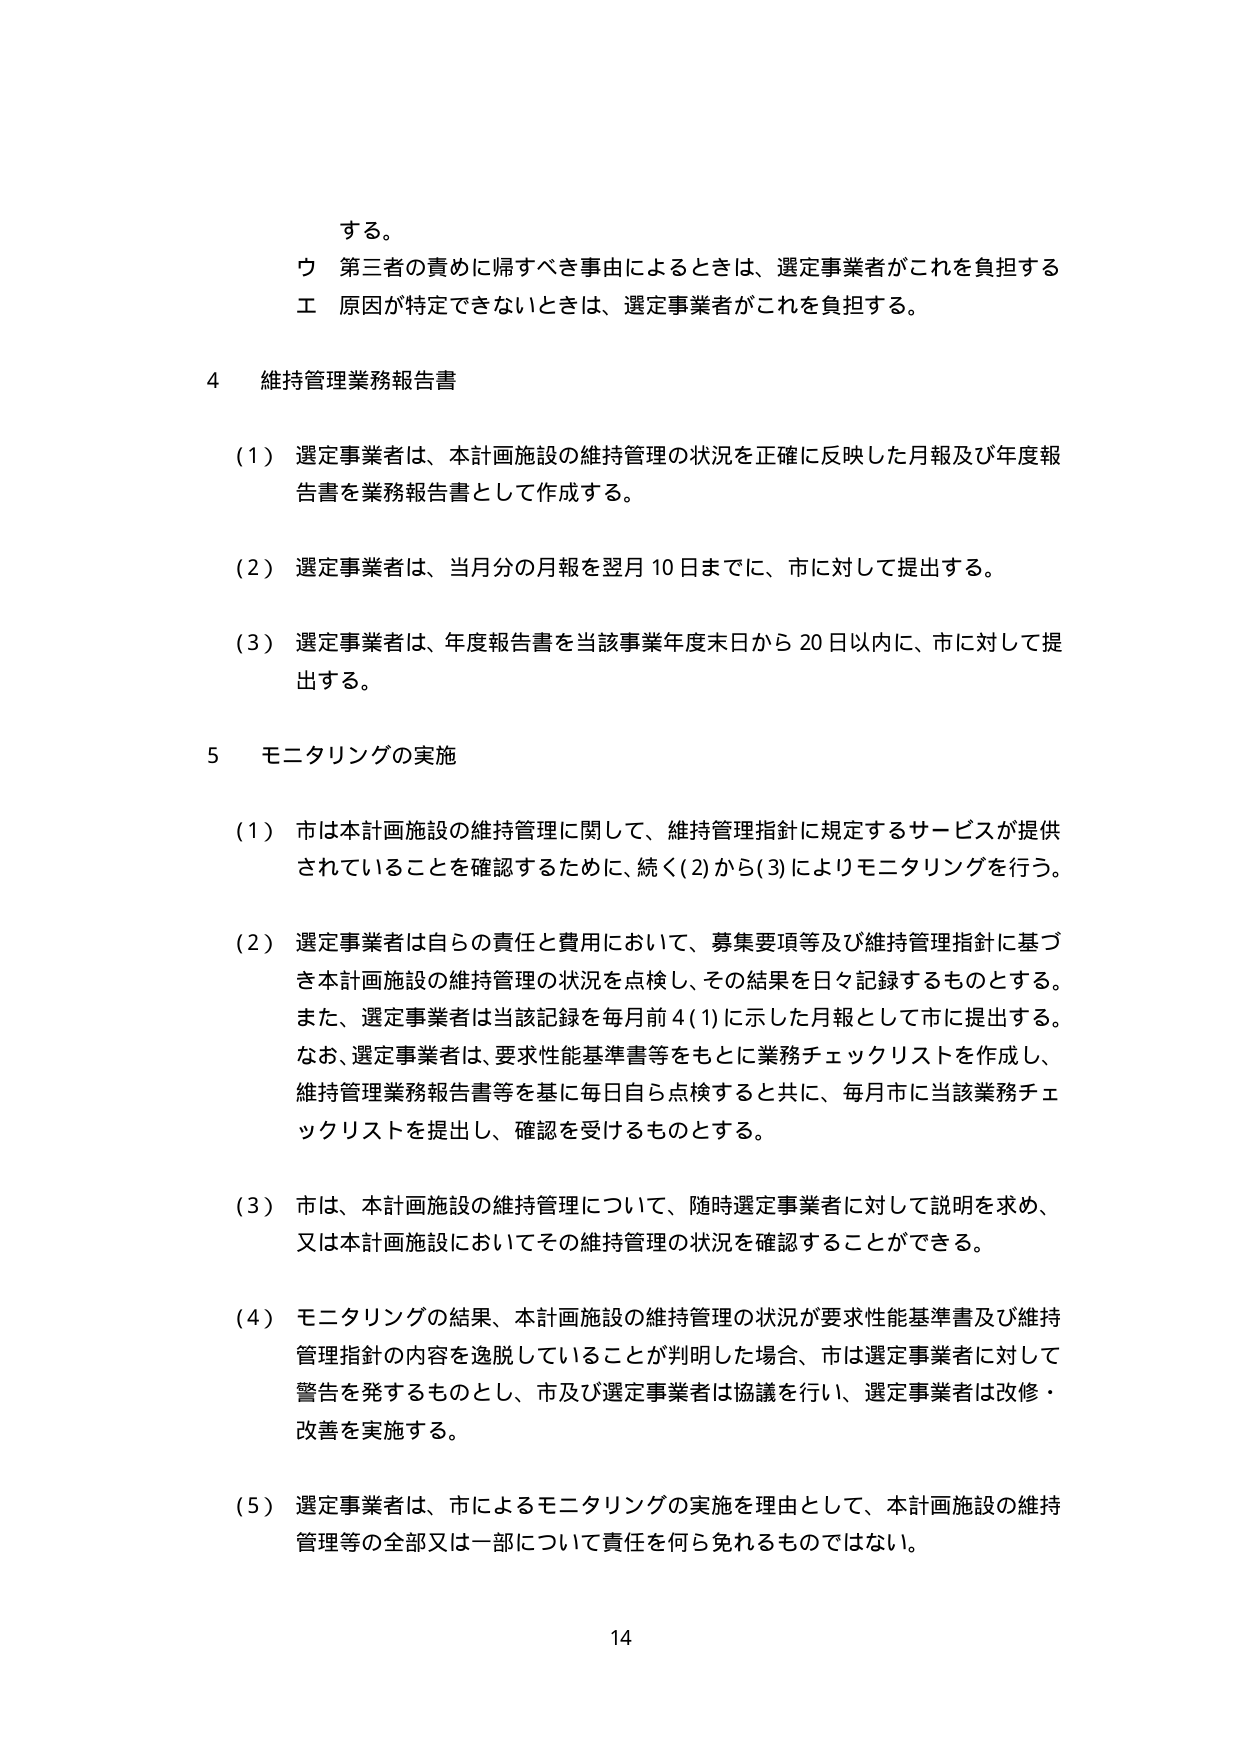
する。

ウ 第三者の責めに帰すべき事由によるときは、選定事業者がこれを負担する

エ 原因が特定できないときは、選定事業者がこれを負担する。

4 維持管理業務報告書

（1） 選定事業者は、本計画施設の維持管理の状況を正確に反映した月報及び年度報告書を業務報告書として作成する。

（2） 選定事業者は、当月分の月報を翌月10日までに、市に対して提出する。

（3） 選定事業者は、年度報告書を当該事業年度末日から20日以内に、市に対して提出する。

5 モニタリングの実施

（1） 市は本計画施設の維持管理に関して、維持管理指針に規定するサービスが提供されていることを確認するために、続く（2）から（3）によりモニタリングを行う。

（2） 選定事業者は自らの責任と費用において、募集要項等及び維持管理指針に基づき本計画施設の維持管理の状況を点検し、その結果を日々記録するものとする。また、選定事業者は当該記録を毎月前4（1）に示した月報として市に提出する。なお、選定事業者は、要求性能基準書等をもとに業務チェックリストを作成し、維持管理業務報告書等を基に毎日自ら点検すると共に、毎月市に当該業務チェックリストを提出し、確認を受けるものとする。

（3） 市は、本計画施設の維持管理について、随時選定事業者に対して説明を求め、又は本計画施設においてその維持管理の状況を確認することができる。

（4） モニタリングの結果、本計画施設の維持管理の状況が要求性能基準書及び維持管理指針の内容を逸脱していることが判明した場合、市は選定事業者に対して警告を発するものとし、市及び選定事業者は協議を行い、選定事業者は改修・改善を実施する。

（5） 選定事業者は、市によるモニタリングの実施を理由として、本計画施設の維持管理等の全部又は一部について責任を何ら免れるものではない。

14